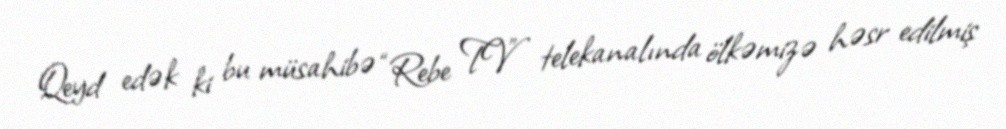
Qeyd edək ki bu müsahibə “Rebe TV” telekanalında ölkəmizə həsr edilmiş